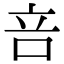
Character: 咅